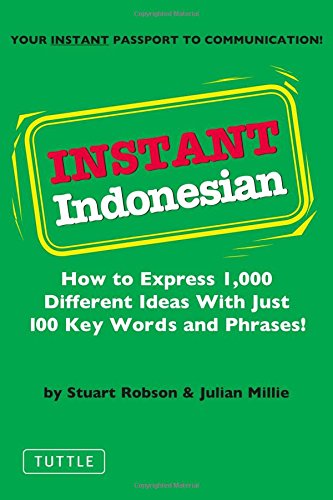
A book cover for Instant Indonesian: How to Express 1,000 Different Ideas with Just 100 Key Words and Phrases! (Indonesian Phrasebook) (Instant Phrasebook Series); Stuart Robson Dr.; Travel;